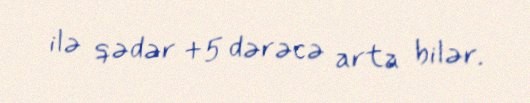
ilə qədər +5 dərəcə arta bilər.